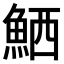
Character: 𫙘